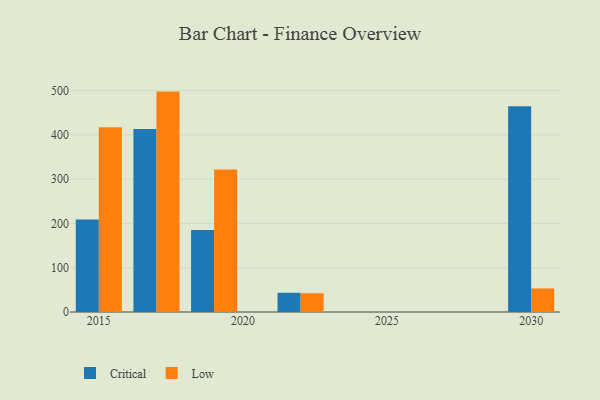
{"axis": {"x": "Year", "y": "Net Income (USD K)"}, "legend": ["Critical", "Low"], "data": [{"x": "2019", "y": 185.0, "type": "Critical"}, {"x": "2019", "y": 321.8, "type": "Low"}, {"x": "2030", "y": 464.6, "type": "Critical"}, {"x": "2030", "y": 53.2, "type": "Low"}, {"x": "2022", "y": 43.5, "type": "Critical"}, {"x": "2022", "y": 42.3, "type": "Low"}, {"x": "2015", "y": 209.2, "type": "Critical"}, {"x": "2015", "y": 417.4, "type": "Low"}, {"x": "2017", "y": 413.4, "type": "Critical"}, {"x": "2017", "y": 497.8, "type": "Low"}]}